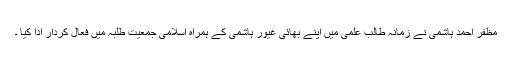
مظفر احمد ہاشمی نے زمانہ طالب علمی میں اپنے بھائی غیور ہاشمی کے ہمراہ اسلامی جمعیت طلبہ میں فعال کردار ادا کیا ۔